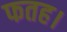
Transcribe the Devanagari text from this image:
फतह।